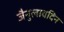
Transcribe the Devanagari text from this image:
जैनुलाबदिन